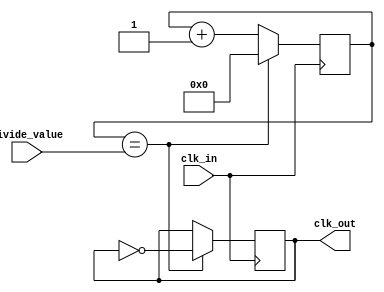
module programmable_clock_divider (
    input wire clk_in,
    input wire [7:0] divide_value,
    output wire clk_out
);

reg [7:0] counter;

always @ (posedge clk_in) begin
    if (counter == divide_value) begin
        counter <= 0;
        clk_out <= ~clk_out;
    end else begin
        counter <= counter + 1;
    end
end

endmodule